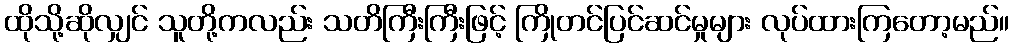
ထိုသို့ဆိုလျှင် သူတို့ကလည်း သတိကြီးကြီးဖြင့် ကြိုတင်ပြင်ဆင်မှုများ လုပ်ထားကြတော့မည်။